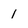
Character: I